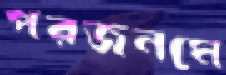
পরজনমে